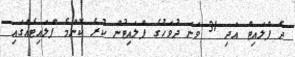
ދެ ފްލައިޓް އަދި 31 ވަނަ ދުވަހުގެ ފްލައިޓުން ކުރެ ކޮންމެ ފްލައިޓެއްގައި